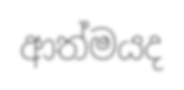
ආත්මයද